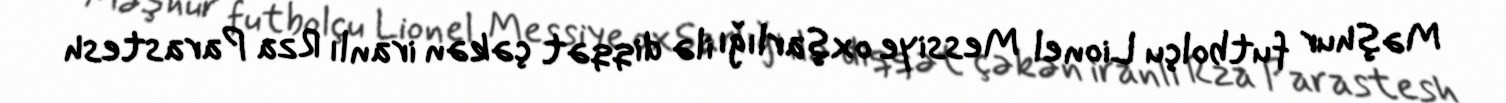
Məşhur futbolçu Lionel Messiye oxşarlığı ilə diqqət çəkən iranlı Rza Parastesh